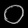
Digit: ၀